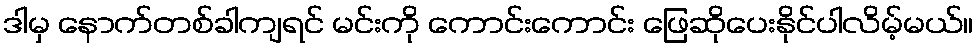
ဒါမှ နောက်တစ်ခါကျရင် မင်းကို ကောင်းကောင်း ဖြေဆိုပေးနိုင်ပါလိမ့်မယ်။